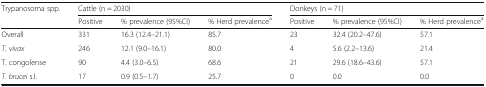
<table><thead><tr><td><b>Trypanosoma spp.</b></td><td colspan="3"><b>Cattle (n = 2030)</b></td><td colspan="3"><b>Donkeys (n = 71)</b></td></tr><tr><td></td><td><b>Positive</b></td><td><b>% prevalence (95%CI)</b></td><td><b>% Herd prevalence<sup>a</sup></b></td><td><b>Positive</b></td><td><b>% prevalence (95%CI)</b></td><td><b>% Herd prevalence<sup>a</sup></b></td></tr></thead><tbody><tr><td>Overall</td><td>331</td><td>16.3 (12.4–21.1)</td><td>85.7</td><td>23</td><td>32.4 (20.2–47.6)</td><td>57.1</td></tr><tr><td><i>T. vivax</i></td><td>246</td><td>12.1 (9.0–16.1)</td><td>80.0</td><td>4</td><td>5.6 (2.2–13.6)</td><td>21.4</td></tr><tr><td>T. congolense</td><td>90</td><td>4.4 (3.0–6.5)</td><td>68.6</td><td>21</td><td>29.6 (18.6–43.6)</td><td>57.1</td></tr><tr><td><i>T. brucei</i> s.l.</td><td>17</td><td>0.9 (0.5–1.7)</td><td>25.7</td><td>0</td><td>0.0</td><td>0.0</td></tr></tbody></table>